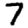
Digit: 7